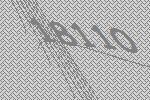
18110